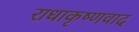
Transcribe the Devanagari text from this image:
राधाकृष्णवाद